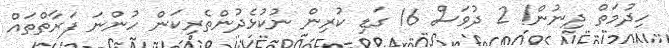
ހިދުމަތް ދިނުން! 2 ދުވަސް 16 ގަޑި ކުރިން ނުކުޅެދުންތެރިކަން ހުންނަ ފަރާތްތައް